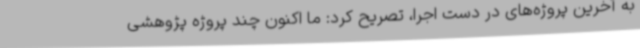
به آخرین پروژه‌های در دست اجرا، تصریح کرد: ما اکنون چند پروژه پژوهشی